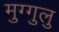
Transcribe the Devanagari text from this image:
मुग्गुलु